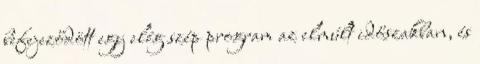
befejeződött egy elég szép program az elmúlt időszakban, és